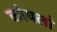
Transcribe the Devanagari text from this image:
कोयलो